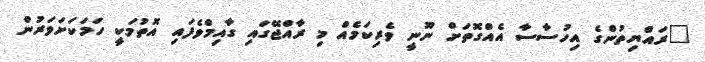
"ރައްޔިތުންގެ އިހުސާސާ އެއްގޮތަށް ނޫނީ ވެރިކަމެއް މި ރާއްޖޭގައި ގާއިމްވެފައި އޮތުމަކީ ހަމަކަށަވަރުން